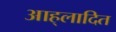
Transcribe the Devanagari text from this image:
आह्‌लादित